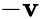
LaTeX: -\mathbf{v}